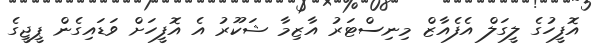
އޮފީހުގެ ލީގަލް އެފެއާޒް މިނިސްޓަރު އާޒިމާ ޝަކޫރު އެ އޮފީހަށް ވަޑައިގެން ޕީޖީގެ